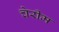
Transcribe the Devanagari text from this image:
चेरीम